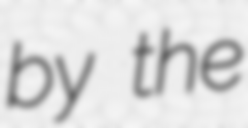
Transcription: by the